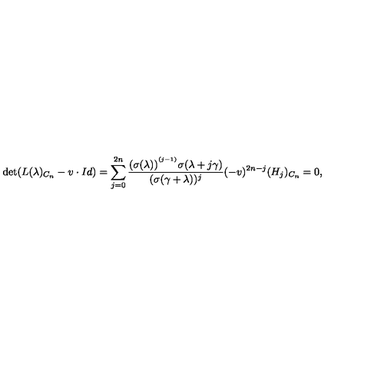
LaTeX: \det ( L ( \lambda ) _ { C _ { n } } - v \cdot I d ) = \sum _ { j = 0 } ^ { 2 n } \frac { ( \sigma ( \lambda ) ) ^ { ^ { ( j - 1 ) } } \sigma ( \lambda + j \gamma ) } { ( \sigma ( \gamma + \lambda ) ) ^ { j } } ( - v ) ^ { 2 n - j } ( H _ { j } ) _ { C _ { n } } = 0 ,